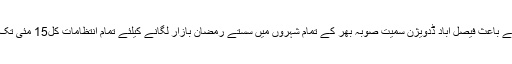
13 مئی2018ء) حکومت پنجاب نے ماہ صیام کی آمد اور متوقع طور پر 17 مئی سے رمضان کے آغازکے باعث فیصل آباد ڈدویژن سمیت صوبہ بھر کے تمام شہروں میں سستے رمضان بازار لگانے کیلئے تمام انتظامات کل15 مئی تک مکمل کرنے کی ہدایت کی ہے جبکہ ضلع فیصل آباد میں بھی 18 رمضان بازار لگانے کافیصلہ کیاگیاہے۔